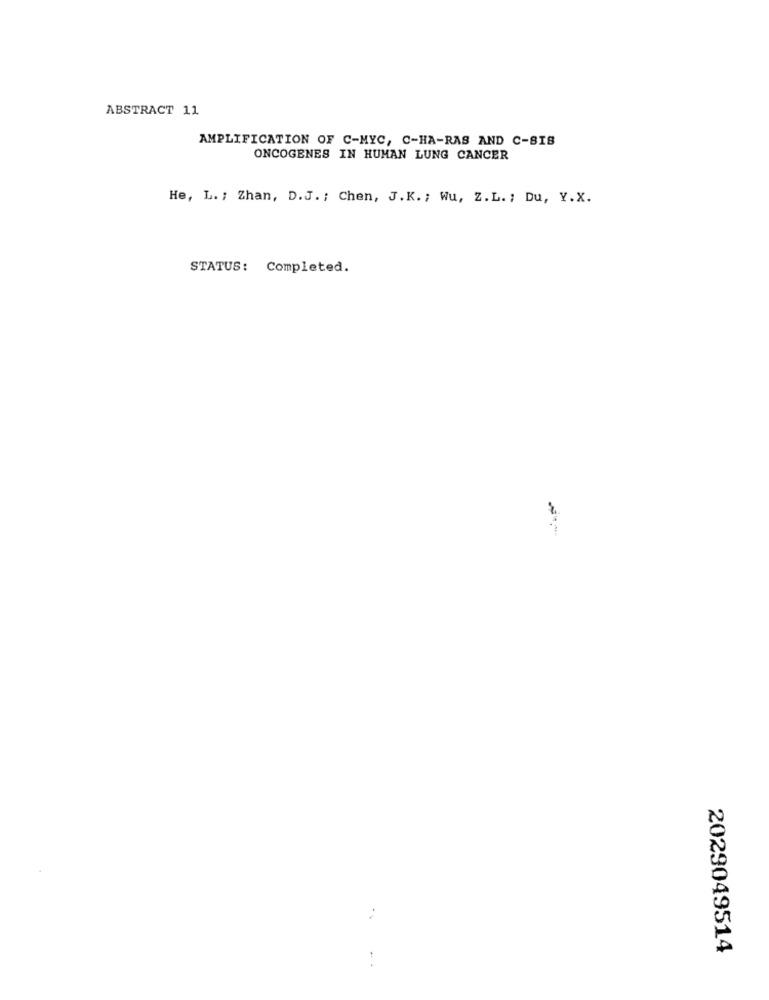
ABSTRACT 11
AMPLIFICATION OF C-MYC, C-HA-RAS AND C-SIS
ONCOGENES IN HUMAN LUNG CANCER
He, L. ; Zhan, D.J. ; Chen, J. K. ; Wu, Z. L. ; Du, Y.X.
STATUS: Completed.
2029049514